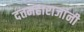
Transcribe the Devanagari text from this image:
दत्तमहाराजांनी